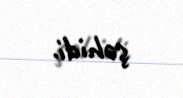
şəhidi.